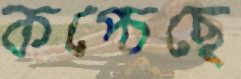
কপ্‌চেছে